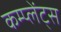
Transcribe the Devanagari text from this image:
कम्प्लेंट्स